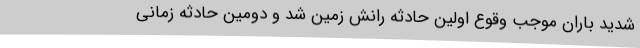
شدید باران موجب وقوع اولین حادثه رانش زمین شد و دومین حادثه زمانی